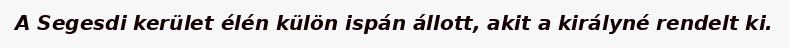
A Segesdi kerület élén külön ispán állott, akit a királyné rendelt ki.